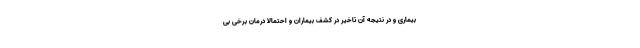
بیماری و در نتیجه آن تاخیر در کشف بیماران و احتمالا درمان برخی بی